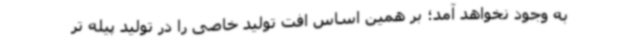
به وجود نخواهد آمد؛ بر همین اساس افت تولید خاصی را در تولید پیله تر